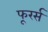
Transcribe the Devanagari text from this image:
फूरर्स